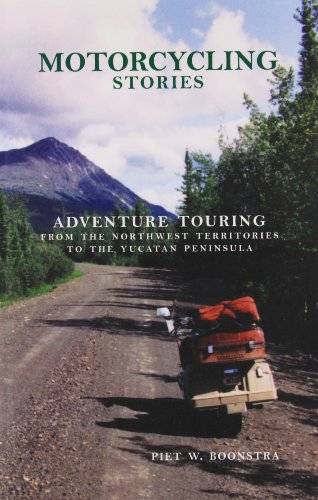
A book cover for Motorcycling Stories: Adventure Touring From the Northwest Territories to the Yucatan Peninsula; Piet Boonstra; Travel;